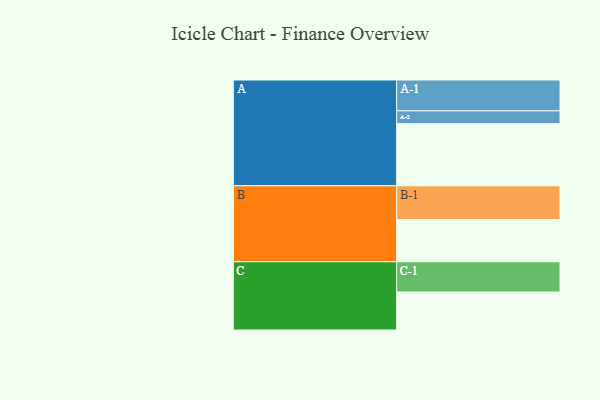
{"axis": {"x": "Segment", "y": "Value"}, "legend": ["", "A", "B", "C"], "data": [{"x": "A", "y": 493, "type": ""}, {"x": "B", "y": 335, "type": ""}, {"x": "C", "y": 302, "type": ""}, {"x": "A-1", "y": 245, "type": "A"}, {"x": "A-2", "y": 102, "type": "A"}, {"x": "B-1", "y": 268, "type": "B"}, {"x": "C-1", "y": 240, "type": "C"}]}